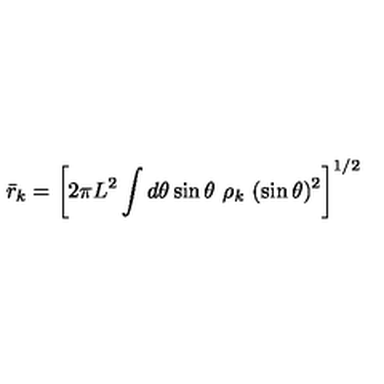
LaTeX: { \bar { r } _ { k } } = \left[ 2 \pi L ^ { 2 } \int d \theta \sin { \theta } \ \rho _ { k } \ ( \sin \theta ) ^ { 2 } \right] ^ { 1 / 2 }